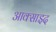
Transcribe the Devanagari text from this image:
आक्साइद